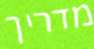
מדריך